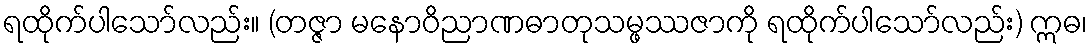
ရထိုက်ပါသော်လည်း။ (တဇ္ဇာ မနောဝိညာဏဓာတုသမ္ဖဿဇာကို ရထိုက်ပါသော်လည်း) ဣဓ၊